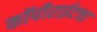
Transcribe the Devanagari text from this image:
कॉपीराईटचा